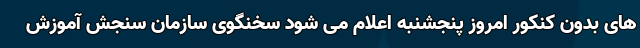
های بدون کنکور امروز پنجشنبه اعلام می شود سخنگوی سازمان سنجش آموزش